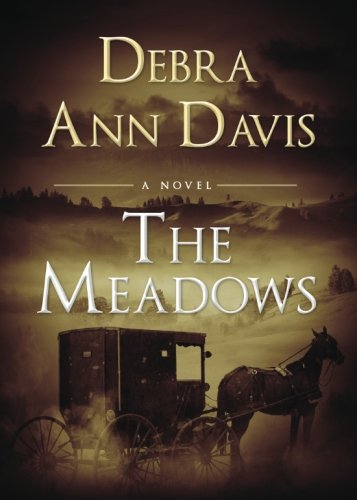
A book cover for The Meadows; Debra Ann Davis; Romance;